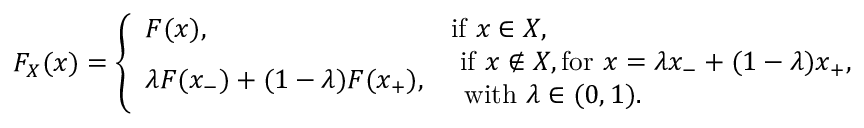
F _ { X } ( x ) = \left\{ \begin{array} { l l } { F ( x ) , } & { \mathrm { i f ~ } x \in X , } \\ { \lambda F ( x _ { - } ) + ( 1 - \lambda ) F ( x _ { + } ) , } & { \begin{array} { l } { \! \mathrm { i f ~ } x \notin X , \mathrm { f o r ~ } x = \lambda x _ { - } + ( 1 - \lambda ) x _ { + } , } \\ { \mathrm { w i t h ~ } \lambda \in ( 0 , 1 ) . } \end{array} } \end{array} \right.